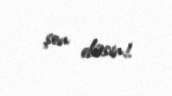
şen eləsin!.